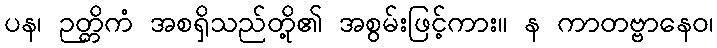
ပန၊ ဉတ္တိကံ အစရှိသည်တို့၏ အစွမ်းဖြင့်ကား။ န ကာတဗ္ဗာနေဝ၊